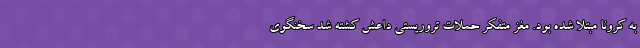
به کرونا مبتلا شده بود. مغز متفکر حملات تروریستی داعش کشته شد سخنگوی